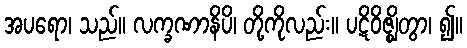
အပရော၊ သည်။ လက္ခဏာနိပိ၊ တို့ကိုလည်း။ ပဋိဝိဇ္ဈိတွာ၊ ၍။